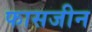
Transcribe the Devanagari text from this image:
फासजीन